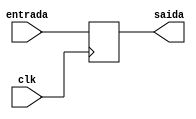
/*Esse modulo de registrador eh bem padrao, existe uma entrada e uma saida, sempre que existe posedge no clock, o valor da saida atualiza para o da entrada
Para isso sao utilizadas duas variaveis auxiliares: valor_atual, que eh assinalado para a saida, e o valor_prox, que eh assinalado para o valor_atual no posedge*/

module registrador7Bits(entrada, clk, saida);

    input [6:0] entrada;
    input clk;
    output [6:0] saida;

    reg [6:0] valor_atual, valor_prox; /*Variaveis locais*/

    always @(posedge clk) begin /*Sempre que ha borda de subida no clock, o valor atual eh atualizado para o proximo valor*/
        valor_atual <= valor_prox;
    end

    always @(entrada)begin   /*sempre que houver algum valor na entrada valido*/
        valor_prox = entrada;
    end

    assign saida = valor_atual; /*no fim das operacoes o valor registrado (saida) eh o mesmo atual*/
endmodule